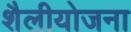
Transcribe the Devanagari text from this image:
शैलीयोजना